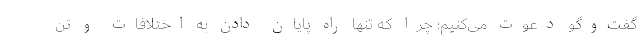
گفت‌وگو دعوت می‌کنیم؛ چرا که تنها راه پایان دادن به اختلافات و تن